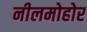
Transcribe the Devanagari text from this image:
नीलमोहोर